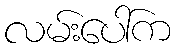
လမ်းပေါ်က